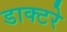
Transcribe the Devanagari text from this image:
डाक्टरे